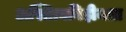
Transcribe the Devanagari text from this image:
अस्तित्वविहीनता